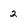
Character: 2